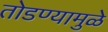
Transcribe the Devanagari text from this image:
तोडण्यामुळे